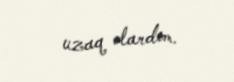
uzaq olardım.